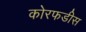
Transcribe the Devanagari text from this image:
कोरफडीस